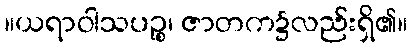
။ယရာဝါသပဉ္စ၊ ဇာတက၌လည်းရှိ၏။